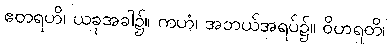
ဧတရဟိ၊ ယခုအခါ၌။ ကဟံ၊ အဘယ်အရပ်၌။ ဝိဟရတိ၊